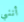
أنني